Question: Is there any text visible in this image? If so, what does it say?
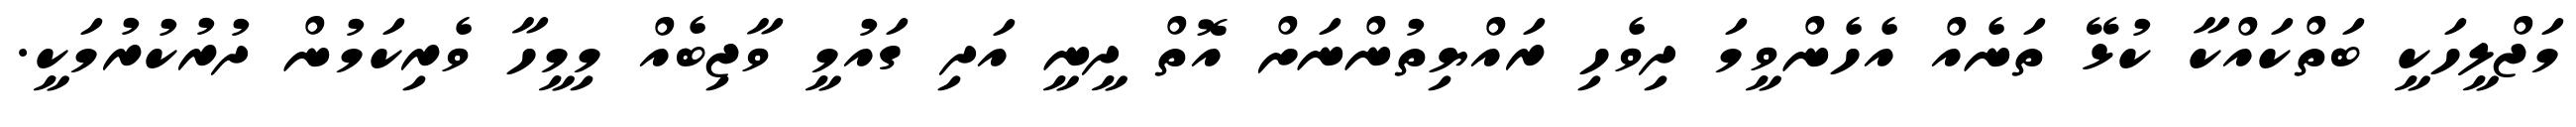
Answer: މަޖްލީހަކީ ބަތްކައްކާ ކުޅޭ ތަނެއް އެހެންވީމަ ދިވެހި ރައްޔިތުންނަށް އޮތް ދީނީ އަދި ގައުމީ ވާޖިބެއް މިމީހާ ވެރިކަމުން ދުރުކުރުމަކީ.